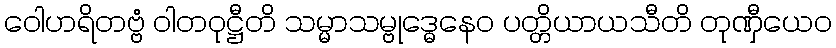
ဝေါဟရိတဗ္ဗံ ဝါတဝုဋ္ဌီတိ သမ္မာသမ္ဗုဒ္ဓေနေဝ ပတ္တိယာယသီတိ တုဏှီယေဝ